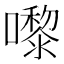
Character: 嚟